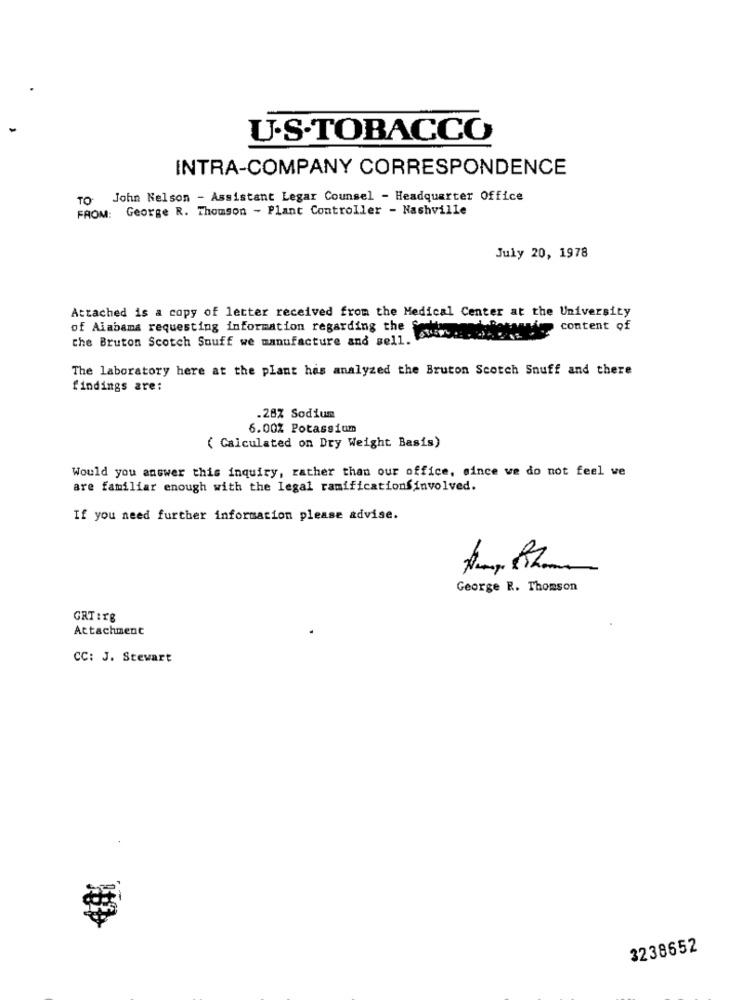
U.S.TOBACCO
INTRA-COMPANY CORRESPONDENCE
TO John Nelson - Assistant Legar Counsel - Headquarter Office
FROM: George R. Thomson - Plant Controller - Nashville
July 20, 1978
Attached is a copy of letter received from the Medical Center at the University
of Alabama requesting information regarding the
own content of
the Bruton Scotch Souff we manufacture and sell.
The laboratory here at the plant has analyzed the Bruton Scotch Snuff and there
findings are:
.28% Sodium
6.00% Potassium
( Calculated on Dry Weight Basis)
Would you answer this inquiry, rather than our office, since we do not feel we
are familiar enough with the legal ramificationsinvolved.
If you need further information please advise.
George R. Thomson
GRT:TB
Attachment
CC: J. Stewart
3238652